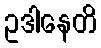
ဥဒါနေတိ